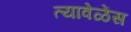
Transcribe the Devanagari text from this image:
त्यावेळेंस